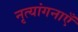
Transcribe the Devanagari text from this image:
नृत्यांगनाएँ